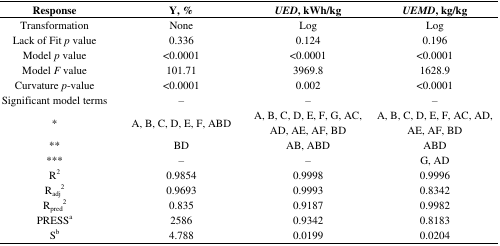
<table><thead><tr><td><b>Response</b></td><td><b>Y, %</b></td><td><b><i>UED</i>, kWh/kg</b></td><td><b><i>UEMD</i>, kg/kg</b></td></tr></thead><tbody><tr><td>Transformation</td><td>None</td><td>Log</td><td>Log</td></tr><tr><td>Lack of Fit <i>p</i> value</td><td>0.336</td><td>0.124</td><td>0.196</td></tr><tr><td>Model <i>p</i> value</td><td>&lt;0.0001</td><td>&lt;0.0001</td><td>&lt;0.0001</td></tr><tr><td>Model <i>F</i> value</td><td>101.71</td><td>3969.8</td><td>1628.9</td></tr><tr><td>Curvature <i>p</i>-value</td><td>&lt;0.0001</td><td>0.002</td><td>&lt;0.0001</td></tr><tr><td>Significant model terms</td><td>–</td><td>–</td><td>–</td></tr><tr><td>*</td><td>A, B, C, D, E, F, ABD</td><td>A, B, C, D, E, F, G, AC, AD, AE, AF, BD</td><td>A, B, C, D, E, F, AC, AD, AE, AF, BD</td></tr><tr><td>**</td><td>BD</td><td>AB, ABD</td><td>ABD</td></tr><tr><td>***</td><td>–</td><td>–</td><td>G, AD</td></tr><tr><td>R<sup>2</sup></td><td>0.9854</td><td>0.9998</td><td>0.9996</td></tr><tr><td>R<sub>adj</sub><sup>2</sup></td><td>0.9693</td><td>0.9993</td><td>0.8342</td></tr><tr><td>R<sub>pred</sub><sup>2</sup></td><td>0.835</td><td>0.9187</td><td>0.9982</td></tr><tr><td>PRESS<sup>a</sup></td><td>2586</td><td>0.9342</td><td>0.8183</td></tr><tr><td>S<sup>b</sup></td><td>4.788</td><td>0.0199</td><td>0.0204</td></tr></tbody></table>